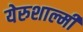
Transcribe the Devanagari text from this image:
येरुशाल्मी